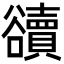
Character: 豄